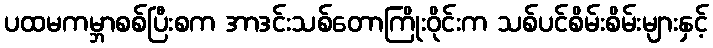
ပထမကမ္ဘာစစ်ပြီးစက အာဒင်းသစ်တောကြိုးဝိုင်းက သစ်ပင်စိမ်းစိမ်းများနှင့်